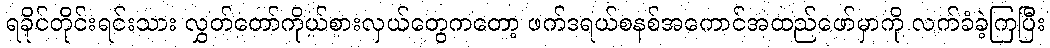
ရခိုင်တိုင်းရင်းသား လွှတ်တော်ကိုယ်စားလှယ်တွေကတော့ ဖက်ဒရယ်စနစ်အကောင်အထည်ဖော်မှာကို လက်ခံခဲ့ကြပြီး